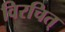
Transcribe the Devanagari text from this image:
विरचित्